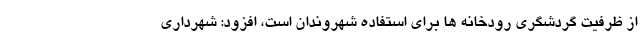
از ظرفیت گردشگری رودخانه ها برای استفاده شهروندان است، افزود: شهرداری